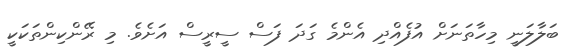
ބަލާލަނީ މިހާތަނަށް އުފެއްދި އެންމެ ގަދަ ފަސް ސީރީސް އަށެވެ. މި ރޭންކިންތަކަކީ